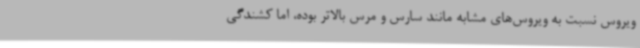
ویروس نسبت به ویروس‌های مشابه مانند سارس و مرس بالاتر بوده، اما کشندگی